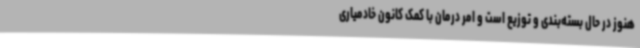
هنوز در حال بسته‌بندی و توزیع است و امر درمان با کمک کانون خادمیاری